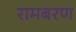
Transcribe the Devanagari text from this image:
रामबरण